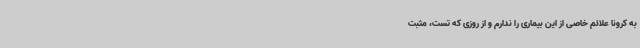
به کرونا علائم خاصی از این بیماری را ندارم و از روزی که تست، مثبت